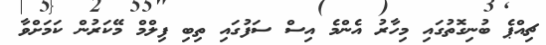
ޗިއްޕެ ބުނިގޮތުގައި މިހާރު އެންމެ އިސް ސަފުގައި ތިބި ފިލްމް މޭކަރުން ކަމަށްވާ